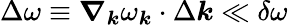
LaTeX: \Delta\omega\equiv\boldsymbol{\nabla}_{\boldsymbol{k}}\omega_{\boldsymbol{k}}\cdot\Delta\boldsymbol{k}\ll\delta\omega